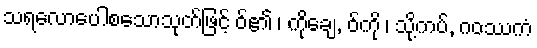
သရလောပေါစသောသုတ်ဖြင့် ဝ်၏ ၊ ကိုချေ, ဝ်ကို ၊ သို့ကပ်, ဂဝဿကံ